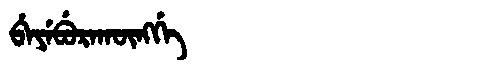
Manchu: ᠪᡝᠶᡝᠪᡠᡵᠠᡴᡡᠩᡤᡝ
Romanization: BEYEBURAKŪNGGE